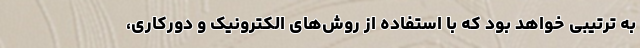
به ترتیبی خواهد بود که با استفاده از روش‌های الکترونیک و دورکاری،